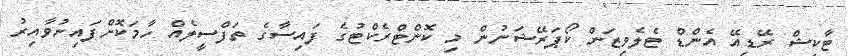
ޓާކިޝް ރޭޑިއޭ އެންޑް ޓެލެވިޒަން ކޯޕަރޭޝަނުން މި ކޮންޓްރެކްޓުގެ ފައިސާގެ ތަފްސީލެއް ހާމަކޮށްފައިނުވާއިރު